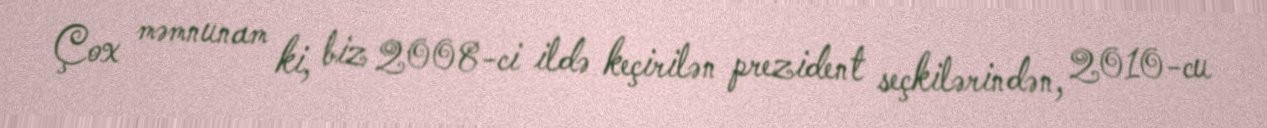
Çox məmnunam ki, biz 2008-ci ildə keçirilən prezident seçkilərindən, 2010-cu